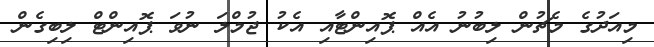
މިއަދުގެ މެޗުން ލިބުނު އެއް ޕޮއިންޓާއި އެކު ޖުމްލަ ނުވަ ޕޮއިންޓް ލިބިގެން